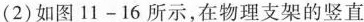
（2）如图11-16所示，在物理支架的竖直